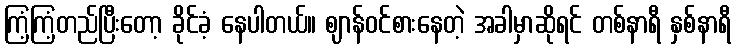
ကြံ့ကြံ့တည်ပြီးတော့ ခိုင်ခံ့ နေပါတယ်။ ဈာန်ဝင်စားနေတဲ့ အခါမှာဆိုရင် တစ်နာရီ နှစ်နာရီ